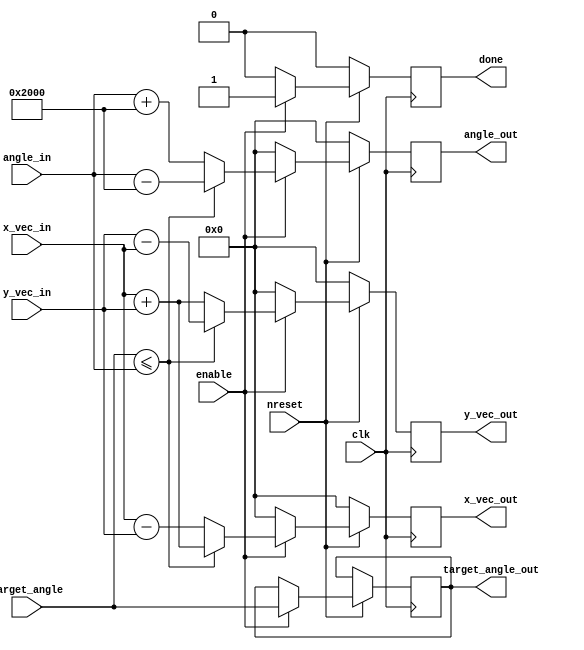
`timescale 1ns / 1ps

module stages_rotation #(parameter data_width=16,angle_width=16,cordic_steps=16,stage_number=1)(
    input clk,
    input nreset,
    input enable,
    
    input signed [data_width-1:0] x_vec_in,
    input signed [data_width-1:0] y_vec_in,
    
    input signed [angle_width-1:0]angle_in,
    input signed [angle_width-1:0]target_angle,
    
    output signed [data_width-1:0] x_vec_out,
    output signed [data_width-1:0] y_vec_out,
    
    output reg signed [angle_width-1:0]angle_out,
    output reg signed [angle_width-1:0]target_angle_out,
    output reg done
    );
    
    wire signed [angle_width-1:0] atan [cordic_steps-1:0];
    
    assign atan[0] = 20'h02000;// pi/4
    assign atan[1] = 20'h012E4;
    assign atan[2] = 20'h009FB;
    assign atan[3] = 20'h00511;
    assign atan[4] = 20'h0028B;
    assign atan[5] = 20'h00145;
    assign atan[6] = 20'h000A2;
    assign atan[7] = 20'h00051;
    assign atan[8] = 20'h00028;
    assign atan[9] = 20'h00014;
    assign atan[10] = 20'h0000A;
    assign atan[11] = 20'h00005;
    assign atan[12] = 20'h00002;
    assign atan[13] = 20'h00001;
    assign atan[14] = 20'h00000;
    assign atan[15] = 20'h00000;

    reg signed [data_width-1:0]x_temp_out,y_temp_out;
    
    assign x_vec_out = x_temp_out;
    assign y_vec_out = y_temp_out;
    
    always @(posedge clk) begin
        if (~nreset) begin
            x_temp_out <= $signed({data_width{1'b0}});
            y_temp_out <= $signed({data_width{1'b0}});
				angle_out <= 0;
            done <= 1'b0;
        end
        else begin
            if (enable) begin
                if ($signed(target_angle) <= $signed(angle_in)) begin
                    x_temp_out <= x_vec_in + (y_vec_in>>>(stage_number-1));
                    y_temp_out <= y_vec_in - (x_vec_in>>>(stage_number-1));
                    angle_out <= angle_in - atan[stage_number-1];
                end
                else begin
                    x_temp_out <= x_vec_in - (y_vec_in>>>(stage_number-1));
                    y_temp_out <= y_vec_in + (x_vec_in>>>(stage_number-1));
                    angle_out <= angle_in + atan[(stage_number-1)];
                end
                target_angle_out <= target_angle;
                done <= 1'b1;
            end
            else begin
                x_temp_out <= $signed({data_width{1'b0}});
                y_temp_out <= $signed({data_width{1'b0}});
					 angle_out <= 0;
                done <= 1'b0;
            end
        end
    end
    
endmodule